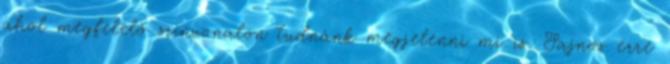
ahol megfelelő színvonalon tudnánk megjelenni mi is. Sajnos erre